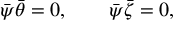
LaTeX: \bar { \psi } \bar { \theta } = 0 , \qquad \bar { \psi } \bar { \zeta } = 0 ,